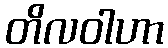
တိလဝါဟာ